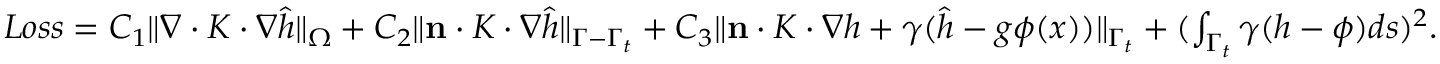
\begin{array} { r } { L o s s = C _ { 1 } \| \nabla \cdot K \cdot \nabla \hat { h } \| _ { \Omega } + C _ { 2 } \| \mathbf { n } \cdot K \cdot \nabla \hat { h } \| _ { \Gamma - \Gamma _ { t } } + C _ { 3 } \| \mathbf { n } \cdot K \cdot \nabla h + \gamma ( \hat { h } - g \phi ( x ) ) \| _ { \Gamma _ { t } } + ( \int _ { \Gamma _ { t } } \gamma ( h - \phi ) d s ) ^ { 2 } . } \end{array}